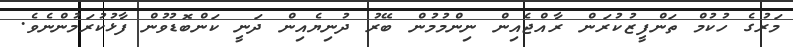
މަރުގެ ހުކުމް ތަންފީޒުކުރަން ރާއްޖެއިން ނިންމުމުން ބޭރު ދުނިޔެއިން ދަނީ ކަންބޮޑުވުން ފާޅުކުރަމުންނެވެ.